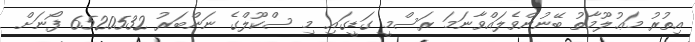
އިތުރު މަޢުލޫމާތު ބޭނުންވެލައްވާނަމަ ރަސްމީ ގަޑީގައި މި ސްކޫލްގެ ނަންބަރު 6520532 ފޯނަށް